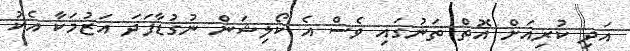
އަދި ކުރިއަށް އޮތް ތަނުގައި ވެސް އެ ކޯލިޝަން ނުގުޑާފަދަ އަޒުމަކާ އެކު